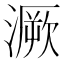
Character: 㵐